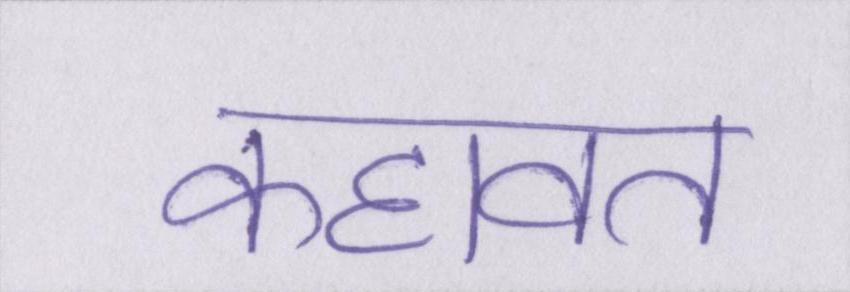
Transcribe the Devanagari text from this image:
कहावत